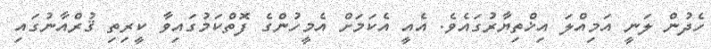
ހެދުން ލަނީ އަމިއްލަ އިޚްތިޔާރުގައެވެ. އެއީ އެކަމަށް އެމީހުންގެ ފޮތްކަމުގައިވާ ކީރިތި ޤުރްއާނުގައި